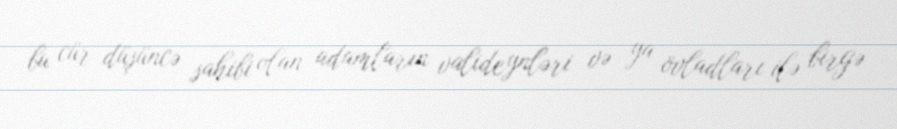
bu cür düşüncə sahibi olan adamların valideynləri və ya övladları ilə birgə